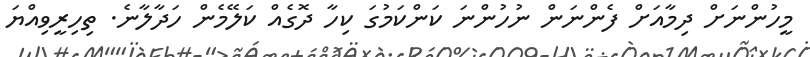
މީހުންނަށް ދިމާއަށް ފެންނަން ނުހުންނަ ކަންކަމުގަ ކިހާ ދޮގެއް ކަލޭމެން ހަދާލާނެ. ތިހިރީވިއްޔަ